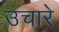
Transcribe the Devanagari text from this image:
उचारे